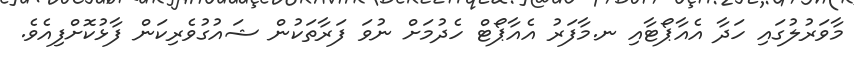
މާވަރުލުގައި ހަދާ އެއާޕޯޓާއި ނ.މާފަރު އެއާޕޯޓް ހެދުމަށް ނުވަ ފަރާތަކުން ޝައުގުވެރިކަން ފާޅުކޮށްފިއެވެ.